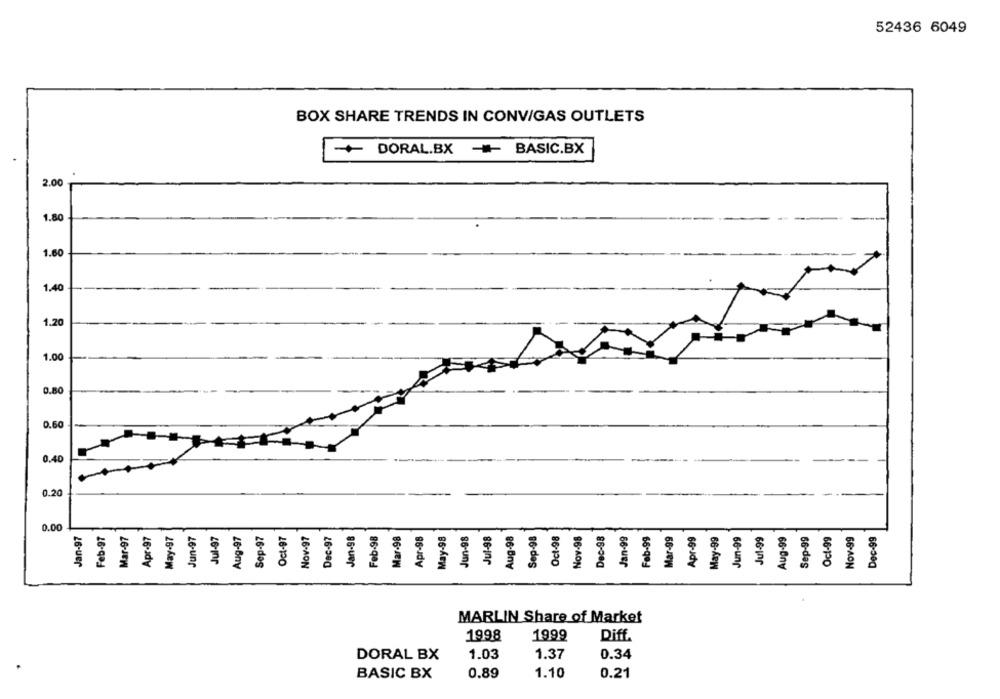
52436 6049
BOX SHARE TRENDS IN CONVIGAS OUTLETS
-+ DORAL.BX
- BASIC.BX
2.00
1.80
1.6
1.40
1.20
1.00
0.80
0.60
0.40
0.20
0.00
Jan-97
Feb-97
Mar-97
Apr-97
May-97
Jun-97
Jul-97
Aug-97
Sep-97
Oct-97
Nov-97
Dec-97
Jan-98
Feb-98
Apr-98
May-98
Jun-98
Jul-98
Aug-98
Sep-98
Oct-98
Nov-98
Dec-98
Jan-99
Feb-99
Mar-99
Apr-99
May-99
Jun-99
Aug-99
Sep-99
Ocl-99
Nov-99
Dec-99
MARLIN Share of Market
1998
1999
Diff.
DORAL BX
1.03
1.37
0.34
BASIC BX
0.89
1.10
0.21